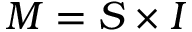
M = S \times I